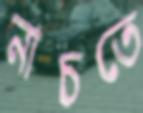
নাচতে